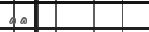
٢٨